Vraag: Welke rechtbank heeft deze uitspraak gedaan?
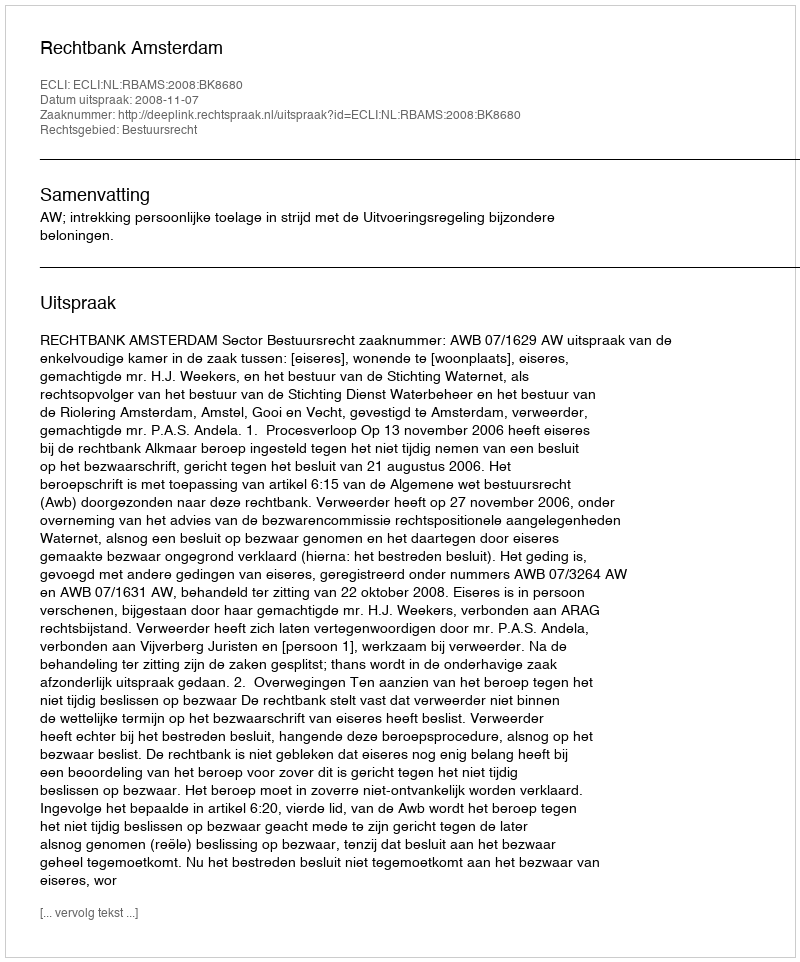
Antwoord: Rechtbank Amsterdam